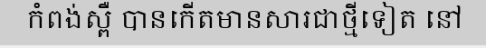
កំពង់ស្ពឺ បានកើតមានសារជាថ្មីទៀត នៅ